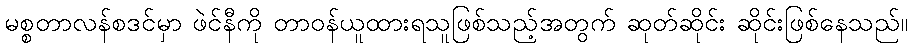
မစ္စတာလန်စဒင်မှာ ဖဲင်နီကို တာဝန်ယူထားရသူဖြစ်သည့်အတွက် ဆုတ်ဆိုင်း ဆိုင်းဖြစ်နေသည်။